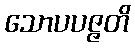
သောပပဇ္ဇတိ